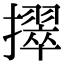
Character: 𫾒